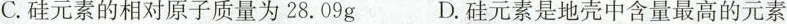
C.硅元素的相对原子质量为28.09gD.硅元素是地壳中含量最高的元素